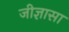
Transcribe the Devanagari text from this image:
जीज्ञासा